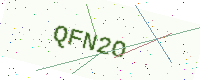
Text: QFN2O